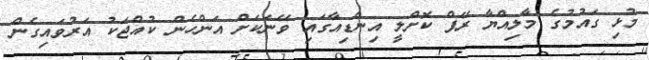
މުޅި ގައުމުގެ މާލިއްޔާ ރޭޕް ކޮށްލީ އިންޑިއާގައި ވޭނަކަށް އަންހެން ކުއްޖަކު އަރުވައިގެން